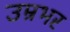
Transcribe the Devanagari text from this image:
उम्रभर